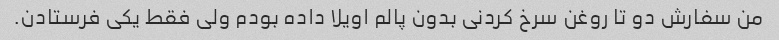
من سفارش دو تا روغن سرخ کردنی بدون پالم اویلا داده بودم ولی فقط یکی فرستادن.